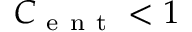
{ \cal { C } } _ { \mathrm { ~ e ~ n ~ t ~ } } < 1